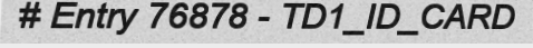
# Entry 76878 - TD1_ID_CARD